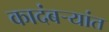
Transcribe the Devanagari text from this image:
कादंबऱ्यांत